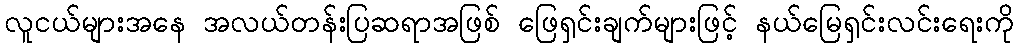
လူငယ်များအနေ အလယ်တန်းပြဆရာအဖြစ် ဖြေရှင်းချက်များဖြင့် နယ်မြေရှင်းလင်းရေးကို